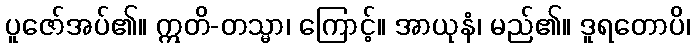
ပူဇော်အပ်၏။ ဣတိ-တသ္မာ၊ ကြောင့်။ အာယုနံ၊ မည်၏။ ဒူရတောပိ၊